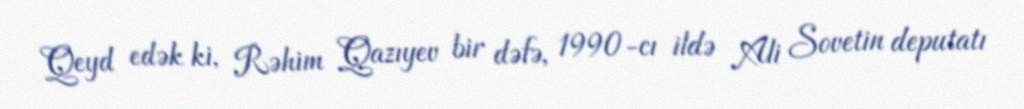
Qeyd edək ki, Rəhim Qazıyev bir dəfə, 1990-cı ildə Ali Sovetin deputatı